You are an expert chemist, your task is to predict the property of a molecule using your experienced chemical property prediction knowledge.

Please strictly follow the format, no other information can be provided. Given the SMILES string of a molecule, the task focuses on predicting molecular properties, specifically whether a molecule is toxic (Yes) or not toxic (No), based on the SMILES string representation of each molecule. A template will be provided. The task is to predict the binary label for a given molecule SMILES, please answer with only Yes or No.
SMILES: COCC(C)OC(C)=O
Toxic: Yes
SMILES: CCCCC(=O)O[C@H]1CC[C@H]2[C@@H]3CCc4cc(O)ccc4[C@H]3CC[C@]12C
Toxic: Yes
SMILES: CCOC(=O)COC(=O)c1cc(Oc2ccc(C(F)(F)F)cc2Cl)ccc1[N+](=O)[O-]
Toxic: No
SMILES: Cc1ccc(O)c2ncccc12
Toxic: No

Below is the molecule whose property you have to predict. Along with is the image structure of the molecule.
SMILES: Cc1cc2c(cc1S(N)(=O)=O)S(=O)(=O)CCC2
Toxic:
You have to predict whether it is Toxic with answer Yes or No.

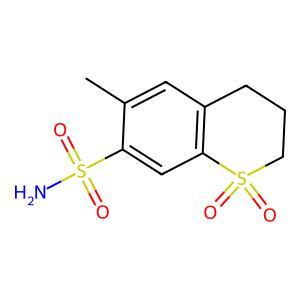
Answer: No